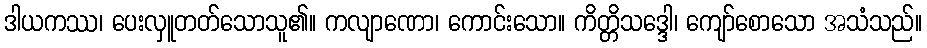
ဒါယကဿ၊ ပေးလှူတတ်သောသူ၏။ ကလျာဏော၊ ကောင်းသော။ ကိတ္တိသဒ္ဒေါ၊ ကျော်စောသော အသံသည်။